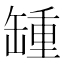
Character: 𦉂